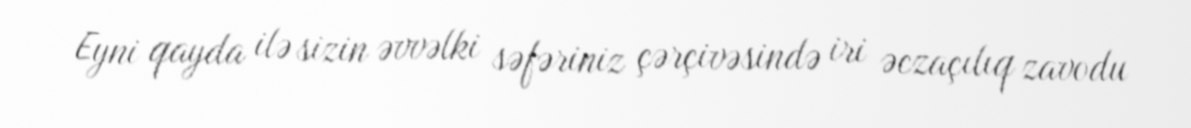
Eyni qayda ilə sizin əvvəlki səfəriniz çərçivəsində iri əczaçılıq zavodu